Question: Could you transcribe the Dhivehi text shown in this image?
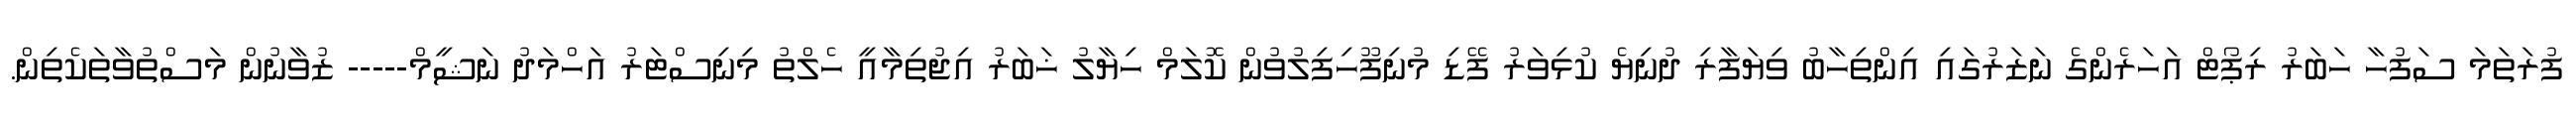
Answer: ފުރަތަމަ ސަފުހާ ހަބަރު ރިޕޯޓް އަހަރެންގެ ނަޒަރުގައި އިންތިހާބު ވިޔަފާރި ދުނިޔެ ކުޅިވަރު ފޭޑި މުނިފޫހިފިލުވުން ކޮލަމް ހިޔާލު ޚަބަރު އިޖުތިމާއީ ހެލްތު މިނިސްޓަރު އަހްމަދު ނަޝީމް----- ޒުވާނުން މަސްތުވާތަކެތިން.